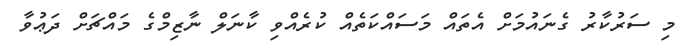
މި ސަރުކާރު ގެނައުމަށް އެތައް މަސައްކަތެއް ކުރެއްވި ކާނަލް ނާޒިމްގެ މައްޗަށް ދަޢުވާ